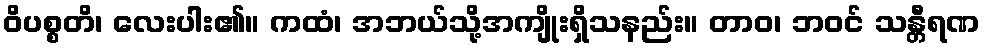
ဝိပစ္စတိ၊ လေးပါး၏။ ကထံ၊ အဘယ်သို့အကျိုးရှိသနည်း။ တာဝ၊ ဘဝင် သန္တီရဏ